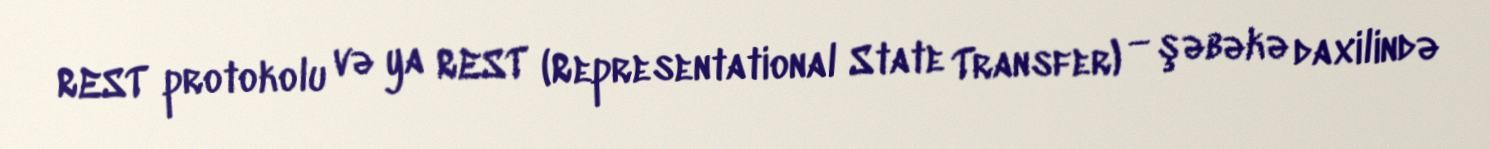
REST protokolu və ya REST (Representational State Transfer) — şəbəkə daxilində